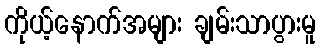
ကိုယ့်နောက်အများ ချမ်းသာပွားမူ